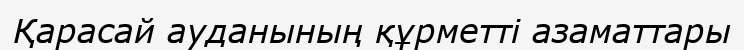
Қарасай ауданының құрметті азаматтары